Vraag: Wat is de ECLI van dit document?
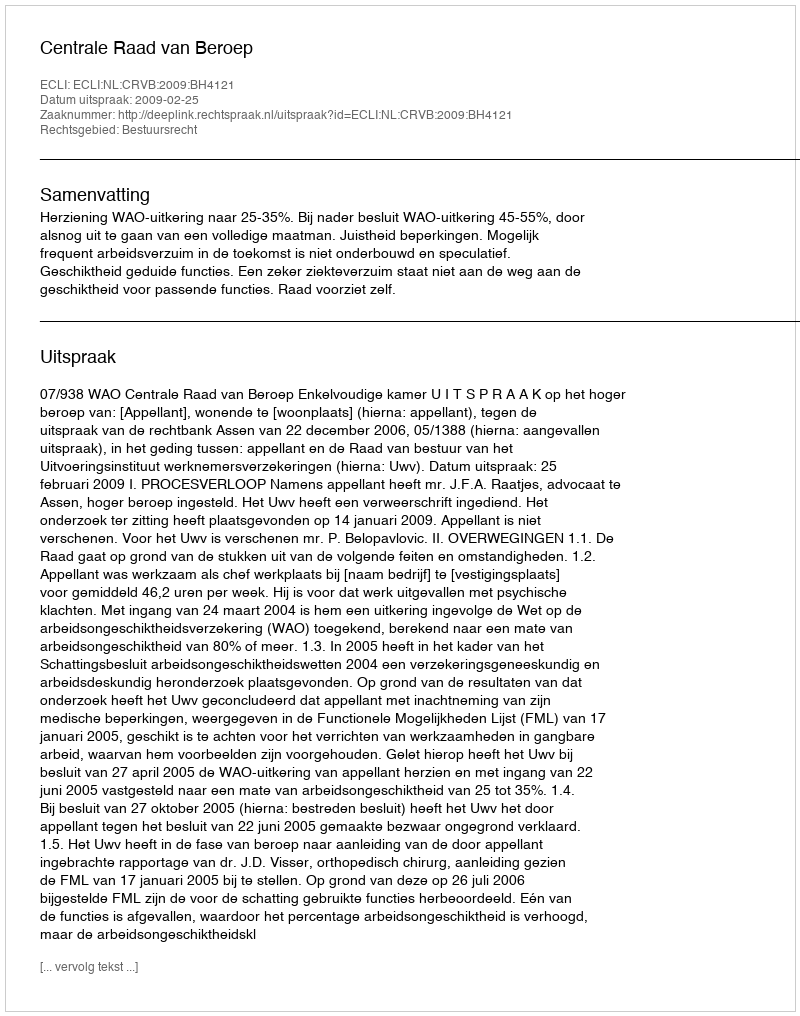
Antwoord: ECLI:NL:CRVB:2009:BH4121